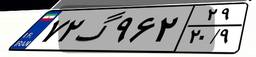
۷۲گ۹۶۲۲۹